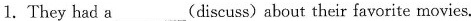
1.They had a___(discuss) about their favorite movies.